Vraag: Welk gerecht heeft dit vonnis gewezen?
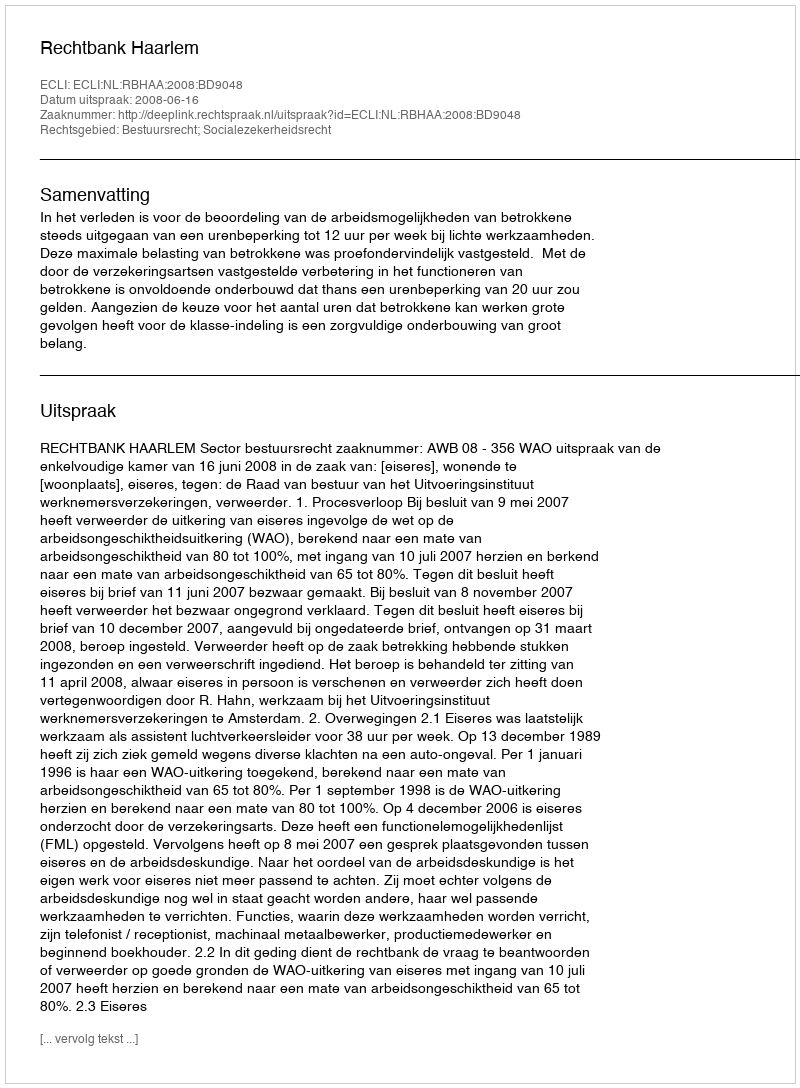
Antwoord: Rechtbank Haarlem